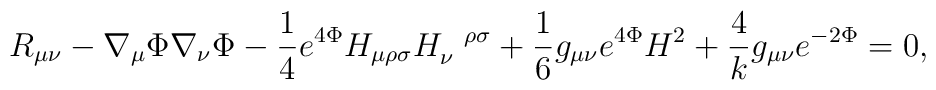
R_{\mu\nu} - \nabla_\mu \Phi \nabla_\nu \Phi -{1\over 4} e^{ 4 \Phi} H_{\mu \rho \sigma} H_\nu^{~~\rho \sigma} + {1 \over 6} g_{\mu\nu} e^{4 \Phi} H^2 + {4 \over k} g_{\mu\nu} e^{-2 \Phi} = 0,